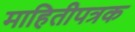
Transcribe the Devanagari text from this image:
माहितीपत्रक